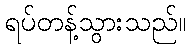
ရပ်တန့်သွားသည်။